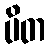
ပိတ